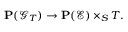
\mathbf { P } ( { \mathcal { G } } _ { T } ) \to \mathbf { P } ( { \mathcal { E } } ) \times _ { S } T .